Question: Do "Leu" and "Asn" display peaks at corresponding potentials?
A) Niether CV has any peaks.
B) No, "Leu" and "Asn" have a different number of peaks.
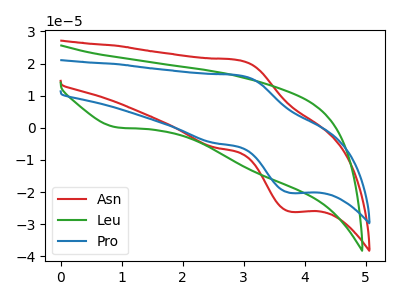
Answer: <think>The red curve "Asn" has an anodic peak at (2.90V, 21.05uA) and a cathodic peak at (3.75V, -26.10uA). The green curve "Leu" has a cathodic peak at: (0.95V, 0.10uA). The blue curve "Pro" has an anodic peak at (2.90V, 16.35uA) and a cathodic peak at (3.75V, -20.30uA).</think>
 <answer>B) No, "Leu" and "Asn" have a different number of peaks.</answer>
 <eval>B</eval>